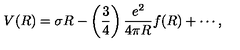
V ( R ) = \sigma R - \left( \frac { 3 } { 4 } \right) \frac { e ^ { 2 } } { 4 \pi R } f ( R ) + \cdots ,